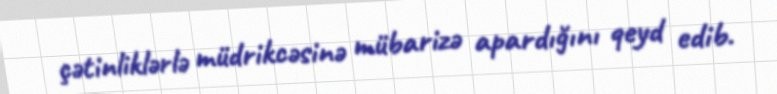
çətinliklərlə müdrikcəsinə mübarizə apardığını qeyd edib.